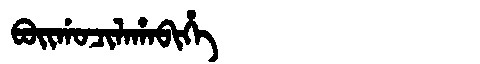
Manchu: ᠪᠣᡳᡤᠣᠴᡳᠯᠠᡥᠠᠪᡳᡥᡝ
Romanization: BOIGOCILAHABIHE